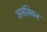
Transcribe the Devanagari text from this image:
असंसियन